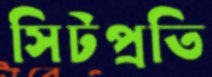
সিটপ্রতি